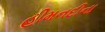
હીમનદીના